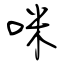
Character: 咪